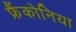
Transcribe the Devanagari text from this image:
फ्रैंकोनिया